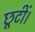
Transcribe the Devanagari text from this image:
छूटीं।